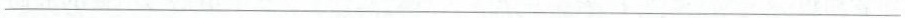
___